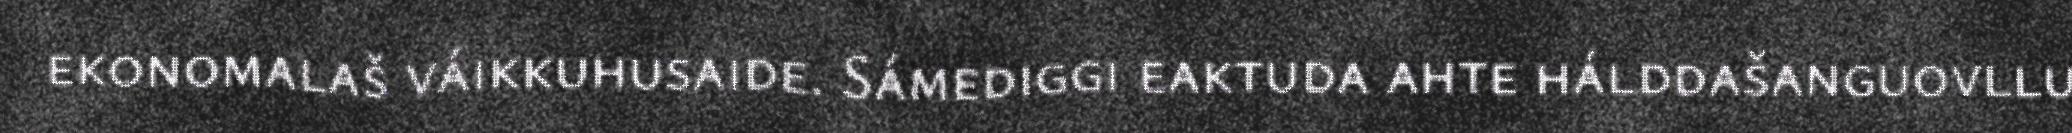
ekonomalaš váikkuhusaide. Sámediggi eaktuda ahte hálddašanguovllu